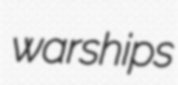
warships